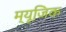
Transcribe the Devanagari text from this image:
म्यूजि़क